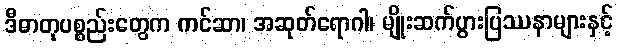
ဒီဓာတုပစ္စည်းတွေက ကင်ဆာ၊ အဆုတ်ရောဂါ၊ မျိုးဆက်ပွားပြဿနာများနှင့်